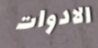
الادوات